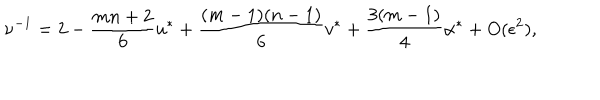
\nu ^ { - 1 } = 2 - { \frac { m n + 2 } { 6 } } u ^ { \ast } + { \frac { ( m - 1 ) ( n - 1 ) } { 6 } } v ^ { \ast } + { \frac { 3 ( m - 1 ) } { 4 } } \alpha ^ { \ast } + O ( \epsilon ^ { 2 } ) ,